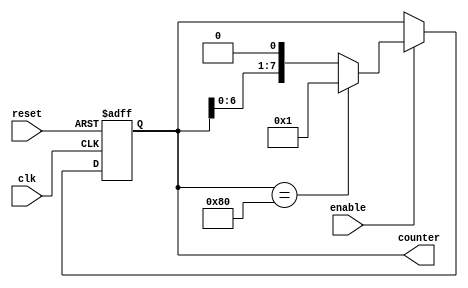
module Ring_Counter_with_Enable (
    input wire clk,
    input wire reset,
    input wire enable,
    output reg [7:0] counter
);

reg [7:0] next_counter;

always @(posedge clk or posedge reset) begin
    if (reset) begin
        counter <= 8'b00000001;
    end else if (enable) begin
        counter <= next_counter;
    end
end

always @* begin
    if (counter == 8'b10000000) begin
        next_counter = 8'b00000001;
    end else begin
        next_counter = counter << 1;
    end
end

endmodule